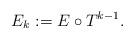
LaTeX: \begin{align*} E_k := E \circ T^{k-1}.\end{align*}